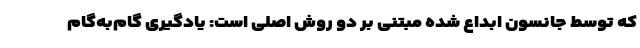
که توسط جانسون ابداع شده مبتنی بر دو روش اصلی است: یادگیری گام‌به‌گام